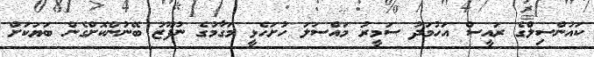
ކައުންސިލްގެ ރައީސް އަހުމަދު ސަމީރު މައްސަލަ ހުށަހެޅީ މަގާމުގެ ނުފޫޒު ބޭނުންކޮށްގެން ބަޔަކަށް